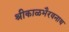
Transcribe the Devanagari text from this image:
श्रीकाळभैरवनाथ